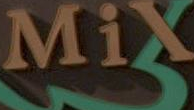
MiX